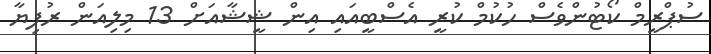
ސުޕްރީމް ކޯޓުންވެސް ހުކުމް ކުރީ އެސްބީއައި އިން ޝީޝާއަށް 13 މިލިއަން ރުފިޔާ